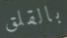
بالقلق